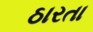
ઠારતા